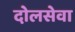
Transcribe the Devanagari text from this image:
दोलसेवा